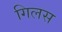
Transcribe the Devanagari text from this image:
गिलस